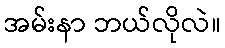
အမ်းနာ ဘယ်လိုလဲ။